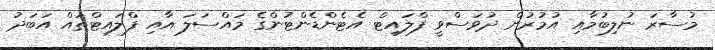
މުސާރަ ނުލިބުމާއި އުމުރުން ދުވަސްވީ ފްލައިޓް އެޓެންޑެންޓުންގެ މައްސަލަ އާއި ފްލައިޓްތައް އަބަދު